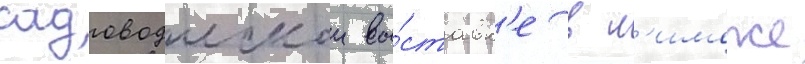
садоводческои вы́ставк'е в л'иможе